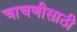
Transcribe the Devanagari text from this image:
चाचणीसाठी